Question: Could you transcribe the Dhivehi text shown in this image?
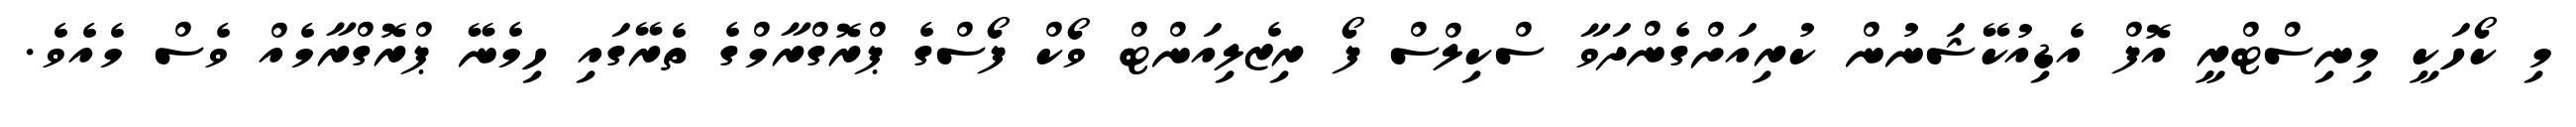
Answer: މި ކޯހަކީ މިނިސްޓްރީ އޮފް އެޑިއުކޭޝަނުން ކުރިއަށްގެންދަވާ ސްކިލްސް ފޯ ރިޒެލިއަންޓް ވޯކް ފޯސްގެ ޕްރޮގްރާމްގެ ތެރޭގައި ހިމެނޭ ޕްރޮގްރާމެއް ވެސް މެއެވެ.